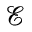
\mathcal { E }